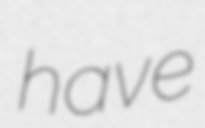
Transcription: have